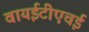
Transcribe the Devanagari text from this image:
वायईटीएचई